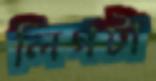
লিগটা